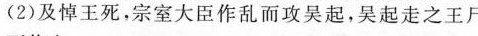
(2)及悼王死，宗室大臣作乱而攻吴起,吴起走之王尸